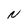
Character: N